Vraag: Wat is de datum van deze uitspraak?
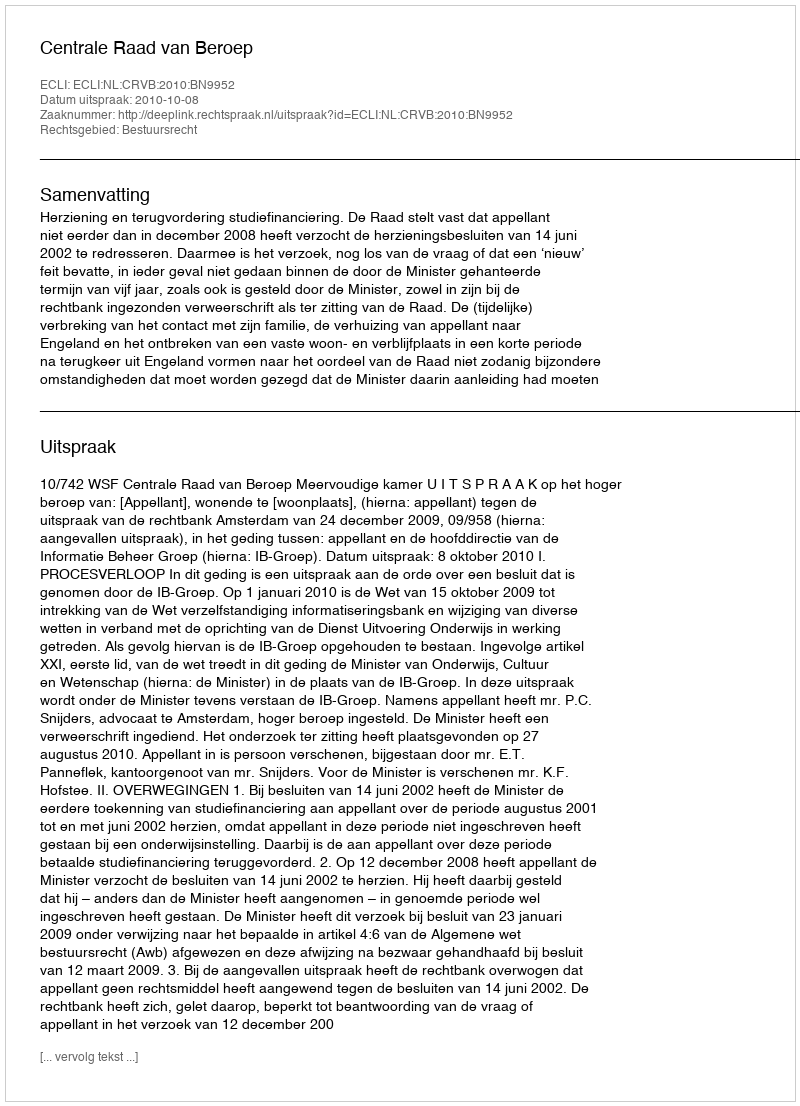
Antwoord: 2010-10-08